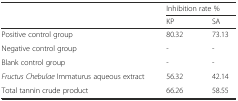
<table><thead><tr><td rowspan="2"></td><td colspan="2"><b>Inhibition rate %</b></td></tr><tr><td><b>KP</b></td><td><b>SA</b></td></tr></thead><tbody><tr><td>Positive control group</td><td>80.32</td><td>73.13</td></tr><tr><td>Negative control group</td><td>-</td><td>-</td></tr><tr><td>Blank control group</td><td>-</td><td>-</td></tr><tr><td><i>Fructus Chebulae</i> Immaturus aqueous extract</td><td>56.32</td><td>42.14</td></tr><tr><td>Total tannin crude product</td><td>66.26</td><td>58.55</td></tr></tbody></table>